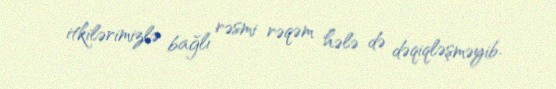
itkilərimizlə bağlı rəsmi rəqəm hələ də dəqiqləşməyib.